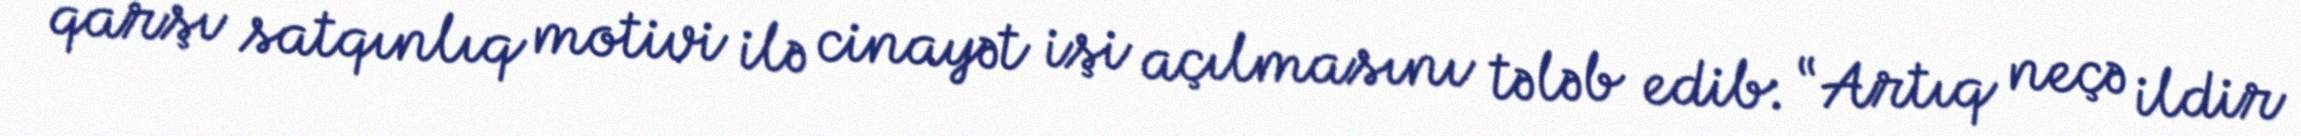
qarşı satqınlıq motivi ilə cinayət işi açılmasını tələb edib: “Artıq neçə ildir